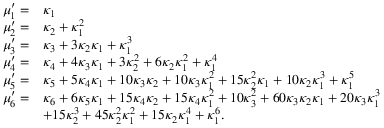
{ \begin{array} { r l } { \mu _ { 1 } ^ { \prime } = } & { \kappa _ { 1 } } \\ { \mu _ { 2 } ^ { \prime } = } & { \kappa _ { 2 } + \kappa _ { 1 } ^ { 2 } } \\ { \mu _ { 3 } ^ { \prime } = } & { \kappa _ { 3 } + 3 \kappa _ { 2 } \kappa _ { 1 } + \kappa _ { 1 } ^ { 3 } } \\ { \mu _ { 4 } ^ { \prime } = } & { \kappa _ { 4 } + 4 \kappa _ { 3 } \kappa _ { 1 } + 3 \kappa _ { 2 } ^ { 2 } + 6 \kappa _ { 2 } \kappa _ { 1 } ^ { 2 } + \kappa _ { 1 } ^ { 4 } } \\ { \mu _ { 5 } ^ { \prime } = } & { \kappa _ { 5 } + 5 \kappa _ { 4 } \kappa _ { 1 } + 1 0 \kappa _ { 3 } \kappa _ { 2 } + 1 0 \kappa _ { 3 } \kappa _ { 1 } ^ { 2 } + 1 5 \kappa _ { 2 } ^ { 2 } \kappa _ { 1 } + 1 0 \kappa _ { 2 } \kappa _ { 1 } ^ { 3 } + \kappa _ { 1 } ^ { 5 } } \\ { \mu _ { 6 } ^ { \prime } = } & { \kappa _ { 6 } + 6 \kappa _ { 5 } \kappa _ { 1 } + 1 5 \kappa _ { 4 } \kappa _ { 2 } + 1 5 \kappa _ { 4 } \kappa _ { 1 } ^ { 2 } + 1 0 \kappa _ { 3 } ^ { 2 } + 6 0 \kappa _ { 3 } \kappa _ { 2 } \kappa _ { 1 } + 2 0 \kappa _ { 3 } \kappa _ { 1 } ^ { 3 } } \\ & { + 1 5 \kappa _ { 2 } ^ { 3 } + 4 5 \kappa _ { 2 } ^ { 2 } \kappa _ { 1 } ^ { 2 } + 1 5 \kappa _ { 2 } \kappa _ { 1 } ^ { 4 } + \kappa _ { 1 } ^ { 6 } . } \end{array} }